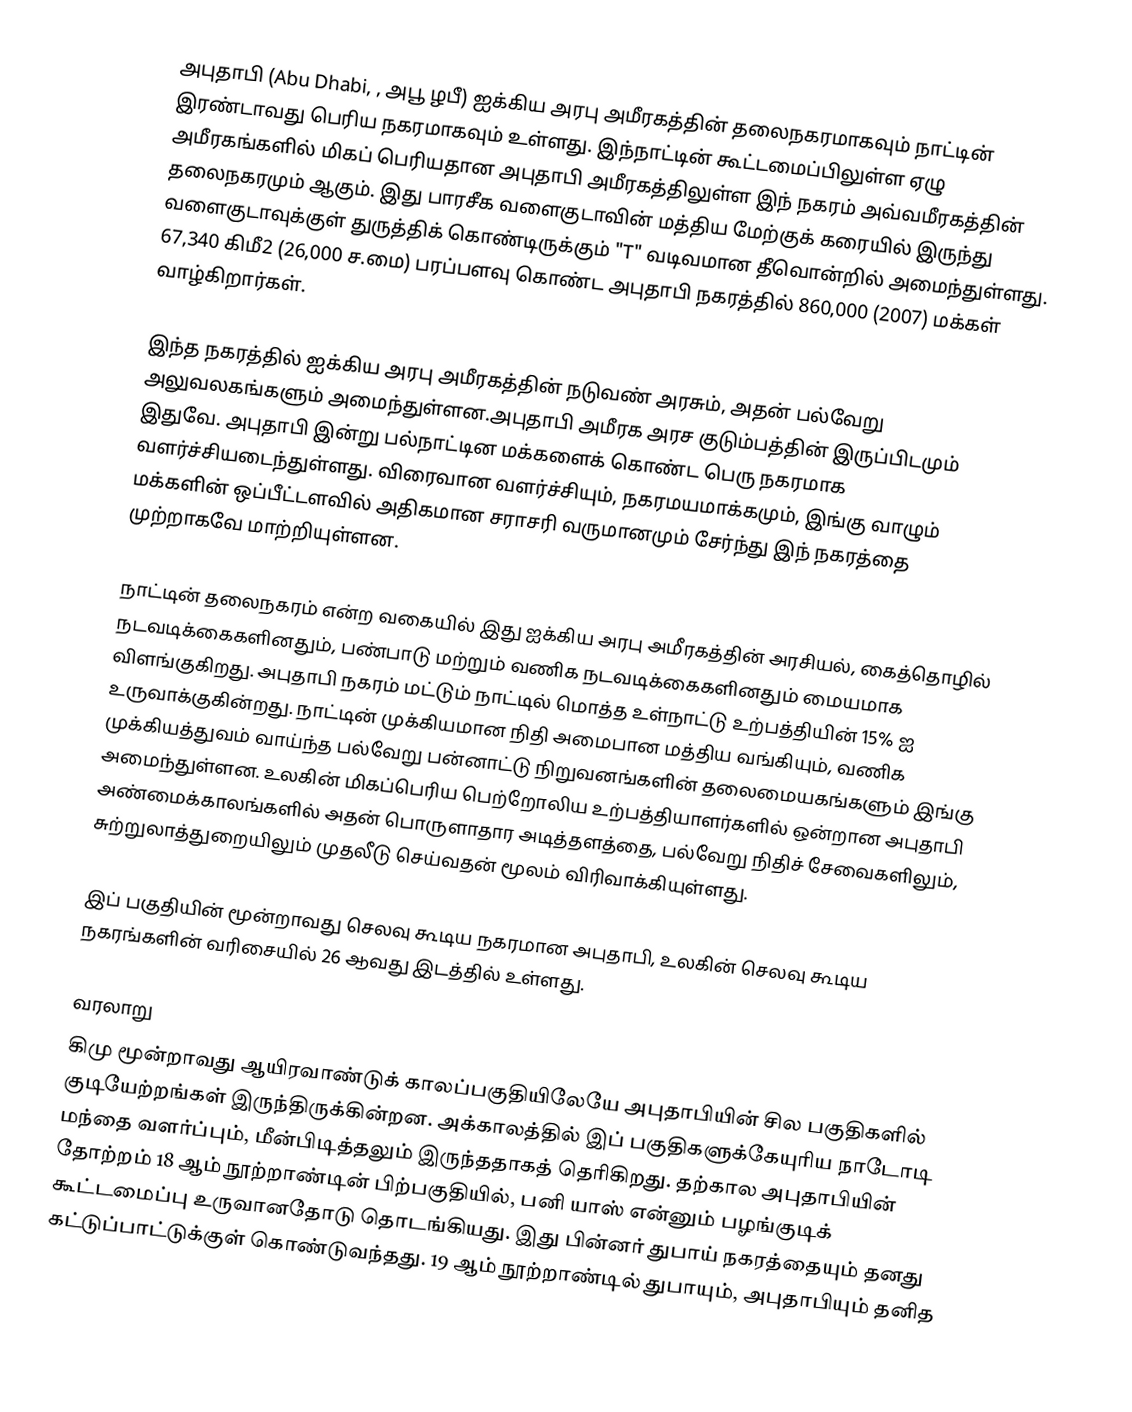
அபுதாபி (Abu Dhabi,  , அபூ ழபீ) ஐக்கிய அரபு அமீரகத்தின் தலைநகரமாகவும் நாட்டின் இரண்டாவது பெரிய நகரமாகவும் உள்ளது. இந்நாட்டின் கூட்டமைப்பிலுள்ள ஏழு அமீரகங்களில் மிகப் பெரியதான அபுதாபி அமீரகத்திலுள்ள இந் நகரம் அவ்வமீரகத்தின் தலைநகரமும் ஆகும். இது பாரசீக வளைகுடாவின் மத்திய மேற்குக் கரையில் இருந்து வளைகுடாவுக்குள் துருத்திக் கொண்டிருக்கும் "T" வடிவமான தீவொன்றில் அமைந்துள்ளது. 67,340 கிமீ2 (26,000 ச.மை) பரப்பளவு கொண்ட அபுதாபி நகரத்தில் 860,000 (2007) மக்கள் வாழ்கிறார்கள்.

இந்த நகரத்தில் ஐக்கிய அரபு அமீரகத்தின் நடுவண் அரசும், அதன் பல்வேறு அலுவலகங்களும் அமைந்துள்ளன.அபுதாபி அமீரக அரச குடும்பத்தின் இருப்பிடமும் இதுவே. அபுதாபி இன்று பல்நாட்டின மக்களைக் கொண்ட பெரு நகரமாக வளர்ச்சியடைந்துள்ளது. விரைவான வளர்ச்சியும், நகரமயமாக்கமும், இங்கு வாழும் மக்களின் ஒப்பீட்டளவில் அதிகமான சராசரி வருமானமும் சேர்ந்து இந் நகரத்தை முற்றாகவே மாற்றியுள்ளன.

நாட்டின் தலைநகரம் என்ற வகையில் இது ஐக்கிய அரபு அமீரகத்தின் அரசியல், கைத்தொழில் நடவடிக்கைகளினதும், பண்பாடு மற்றும் வணிக நடவடிக்கைகளினதும் மையமாக விளங்குகிறது. அபுதாபி நகரம் மட்டும் நாட்டில் மொத்த உள்நாட்டு உற்பத்தியின் 15% ஐ உருவாக்குகின்றது. நாட்டின் முக்கியமான நிதி அமைபான மத்திய வங்கியும், வணிக முக்கியத்துவம் வாய்ந்த பல்வேறு பன்னாட்டு நிறுவனங்களின் தலைமையகங்களும் இங்கு அமைந்துள்ளன. உலகின் மிகப்பெரிய பெற்றோலிய உற்பத்தியாளர்களில் ஒன்றான அபுதாபி அண்மைக்காலங்களில் அதன் பொருளாதார அடித்தளத்தை, பல்வேறு நிதிச் சேவைகளிலும், சுற்றுலாத்துறையிலும் முதலீடு செய்வதன் மூலம் விரிவாக்கியுள்ளது.

இப் பகுதியின் மூன்றாவது செலவு கூடிய நகரமான அபுதாபி, உலகின் செலவு கூடிய நகரங்களின் வரிசையில் 26 ஆவது இடத்தில் உள்ளது.

வரலாறு
கிமு மூன்றாவது ஆயிரவாண்டுக் காலப்பகுதியிலேயே அபுதாபியின் சில பகுதிகளில் குடியேற்றங்கள் இருந்திருக்கின்றன. அக்காலத்தில் இப் பகுதிகளுக்கேயுரிய நாடோடி மந்தை வளர்ப்பும், மீன்பிடித்தலும் இருந்ததாகத் தெரிகிறது. தற்கால அபுதாபியின் தோற்றம் 18 ஆம் நூற்றாண்டின் பிற்பகுதியில், பனி யாஸ் என்னும் பழங்குடிக் கூட்டமைப்பு உருவானதோடு தொடங்கியது. இது பின்னர்  துபாய் நகரத்தையும் தனது கட்டுப்பாட்டுக்குள் கொண்டுவந்தது. 19 ஆம் நூற்றாண்டில் துபாயும், அபுதாபியும் தனித